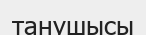
танушысы